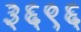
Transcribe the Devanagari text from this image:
३६९६